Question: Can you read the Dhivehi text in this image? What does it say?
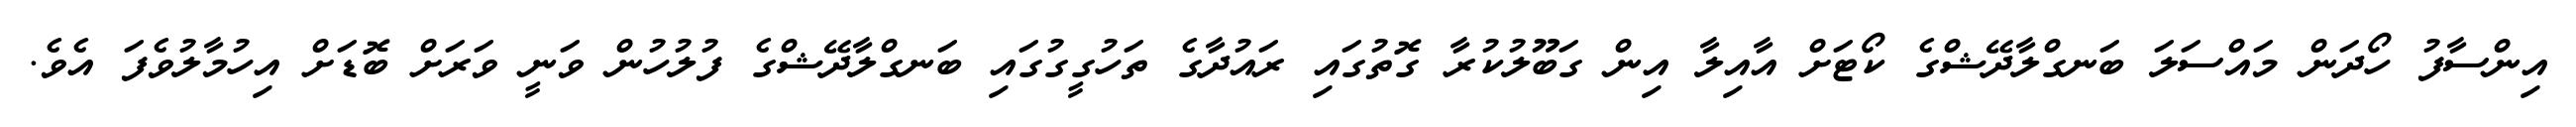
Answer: އިންސާފު ހޯދަން މައްސަލަ ބަނގްލާދޭޝްގެ ކޯޓަށް އާއިލާ އިން ގަބޫލުކުރާ ގޮތުގައި ރައުދާގެ ތަހުގީގުގައި ބަނގްލާދޭޝްގެ ފުލުހުން ވަނީ ވަރަށް ބޮޑަށް އިހުމާލުވެފަ އެވެ.